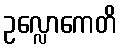
ဥလ္လောကေတိ